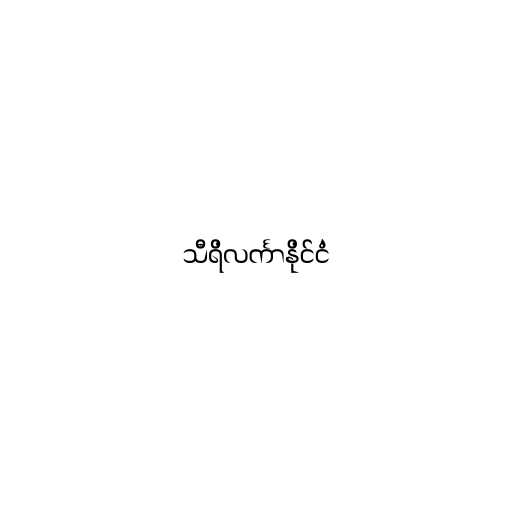
သီရိလင်္ကာနိုင်ငံ